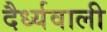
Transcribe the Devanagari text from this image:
दैर्ध्यवाली